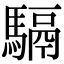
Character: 䮥